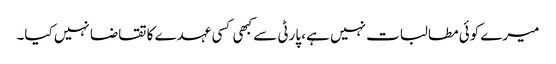
میرے کوئی مطالبات نہیں ہے، پارٹی سے کبھی کسی عہدے کا تقاضا نہیں کیا۔